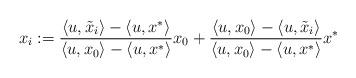
LaTeX: \begin{align*}x_i : = \frac{\langle u, \tilde{x}_i \rangle - \langle u, x^*\rangle}{\langle u, x_0 \rangle - \langle u, x^*\rangle} x_0 +\frac{\langle u, x_0 \rangle - \langle u, \tilde{x}_i \rangle}{\langle u,x_0 \rangle - \langle u, x^*\rangle} x^*\end{align*}